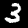
Digit: 3